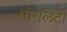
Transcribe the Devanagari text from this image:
मॉरलिटी